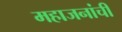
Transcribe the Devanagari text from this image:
महाजनांची